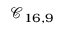
\mathcal { C } _ { 1 6 , 9 }